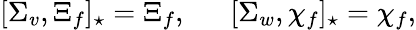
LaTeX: [\Sigma_{v},\Xi_{f}]_{\star}=\Xi_{f},\, \, \, \, \, \, \, \, \, [\Sigma_{w},\chi_{f}]_{\star}=\chi_{f},